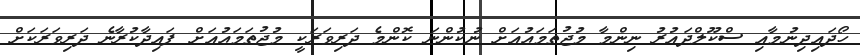
ހޯދައިދިނުމާއި ސްކޫލްދައުރު ނިންމާ މުޖުތަމަޢުއަށް ނުކުންނަ ކޮންމެ ދަރިވަރަކީ މުޖުތަމަޢުއަށް ފައިދާކުރާނެ ދަރިވަރަކަށް